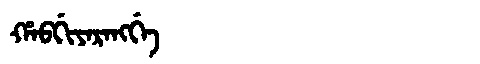
Manchu: ᡥᠠᠪᡤᡳᠶᠠᡵᠠᠩᡤᡝ
Romanization: HABGIYARANGGE